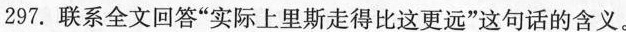
297.联系全文回答”实际上里斯走得比这更远”这句话的含义。